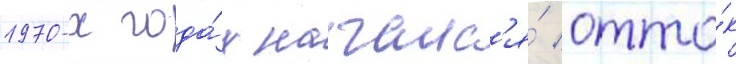
1970-х года́х началс'я́ отто́к